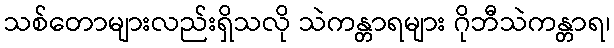
သစ်တောများလည်းရှိသလို သဲကန္တာရများ ဂိုဘီသဲကန္တာရ၊